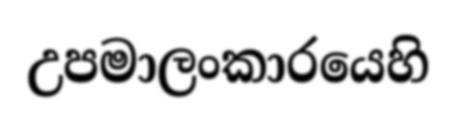
උපමාලංකාරයෙහි